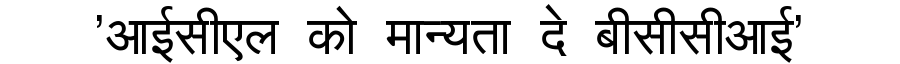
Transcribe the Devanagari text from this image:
'आईसीएल को मान्यता दे बीसीसीआई'